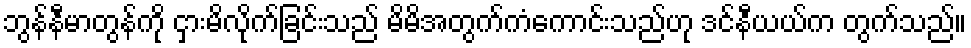
ဘွန်နီမာတွန်ကို ငှားမိလိုက်ခြင်းသည် မိမိအတွက်ကံကောင်းသည်ဟု ဒင်နီယယ်က တွက်သည်။